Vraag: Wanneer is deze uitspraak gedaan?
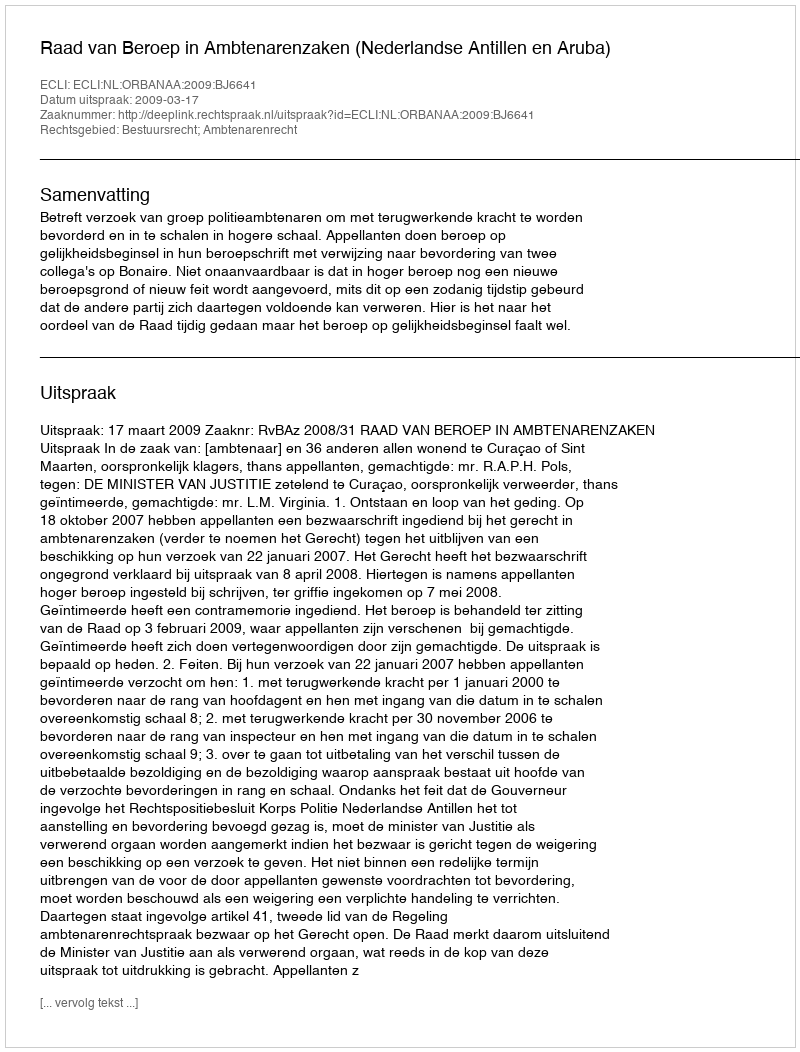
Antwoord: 2009-03-17